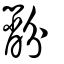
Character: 黺